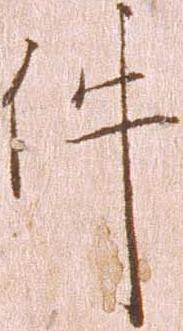
件